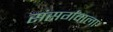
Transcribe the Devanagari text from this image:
संसर्गवाला